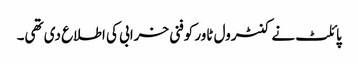
پائلٹ نے کنٹرول ٹاور کوفنی خرابی کی اطلاع دی تھی۔